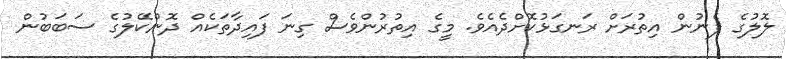
ލޮލުގެ ފެނުން އިތުރަށް ރަނގަޅުކޮށްދެއެވެ. މީގެ އިތުރުންވެސް ގިނަ ފައިދާތަކެއް ދޮންކޭލުގެ ސަބަބުން